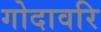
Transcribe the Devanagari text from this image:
गोदावरि